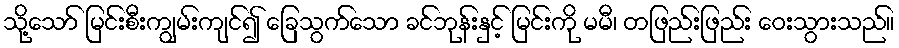
သို့သော် မြင်းစီးကျွမ်းကျင်၍ ခြေသွက်သော ခင်ဘုန်းနှင့် မြင်းကို မမီ၊ တဖြည်းဖြည်း ဝေးသွားသည်။